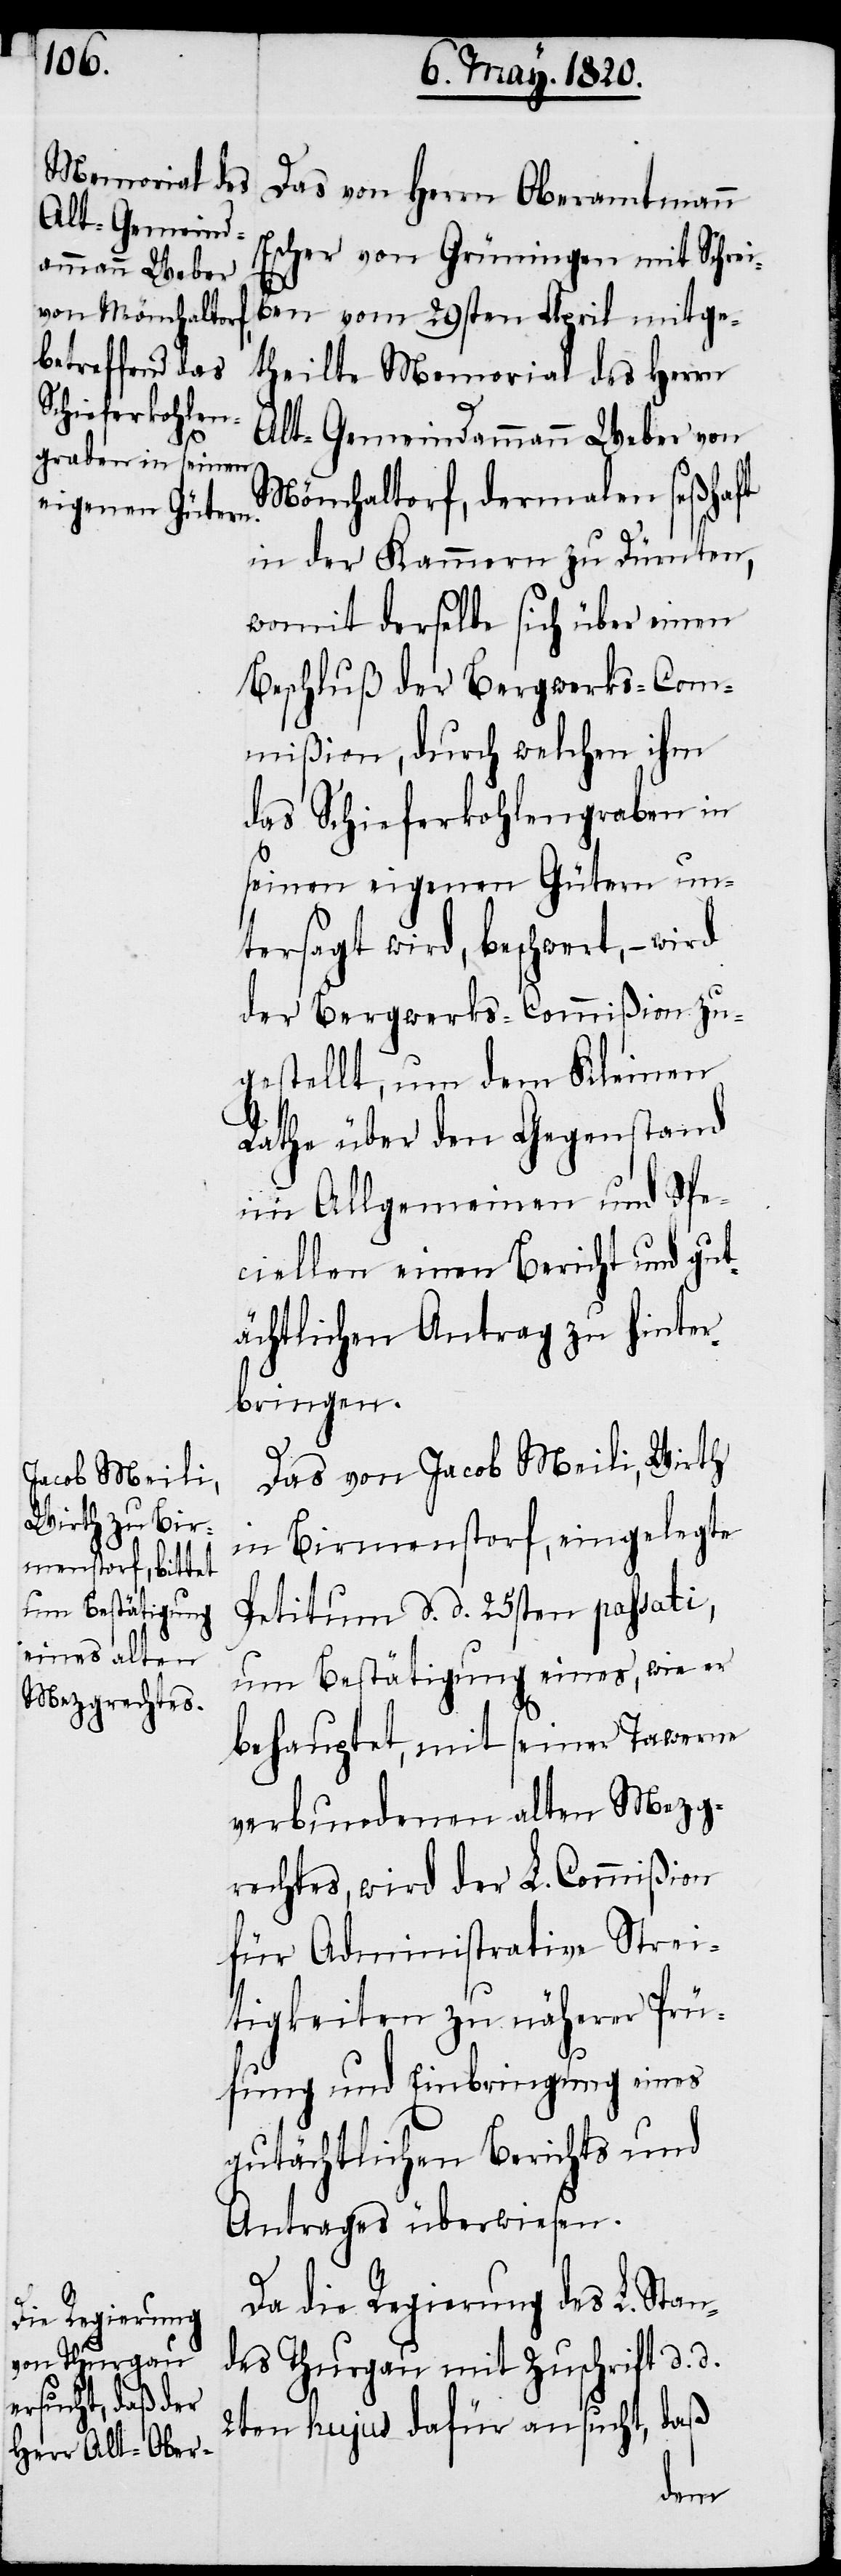
Das von Herrn Oberamtmann
Escher von Grüningen mit Schrei¬
ben vom 20sten April mitge¬
theilte Memorial des Herrn
Alt-Gemeindammann Weber von
Mönchaltorf, dermalen seßhaft
in der Kammern zu Dürnten,
womit derselbe sich über einen
Beschluß der Bergwerks-Com¬
mißion, durch welchen ihm
das Schieferkohlengraben in
seinen eigenen Gütern un¬
tersagt wird, beschwert, – wird
der Bergwerks-Commißion zu¬
gestellt, um dem Kleinen
Rathe über den Gegenstand
im Allgemeinen und Spe¬
ciellen einen Bericht und gut¬
ächtlichen Antrag zu hinter¬
bringen.
Das von Jacob Meili, Wirth
in Birmenstorf, eingelegte
Petitium d. d. 25sten passati,
um Bestätigung eines, wie er
behauptet, mit seiner Tawerne
verbundenen alten Mezg¬
rechtes, wird der L. Commißion
für Administrative Strei¬
tigkeiten zu nähern Prü¬
fung und Einbringung eines
gutächtlichen Berichts und
Antrages überwiesen.
Da die Regierung des L. Stan¬
des Thurgau mit Zuschrift d. d.
2ten hujus dafür ansucht, daß